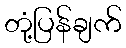
တုံ့ပြန်ချက်